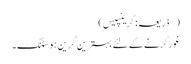
(*ذریعہ: گرینپیس)
غور کرنے کے لئے بہترین گرین ہوسٹنگ۔